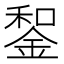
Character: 𨨑